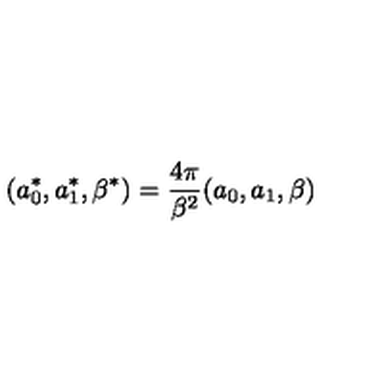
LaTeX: ( a _ { 0 } ^ { * } , a _ { 1 } ^ { * } , \beta ^ { * } ) = \frac { 4 \pi } { \beta ^ { 2 } } ( a _ { 0 } , a _ { 1 } , \beta )